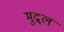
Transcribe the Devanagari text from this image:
मुद्र्ल